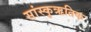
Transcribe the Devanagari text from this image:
सांस्कृऋतिक